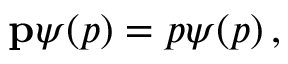
\mathbf { p } \psi ( p ) = p \psi ( p ) \, ,